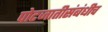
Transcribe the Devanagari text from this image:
पोटजातीसंबंधीच